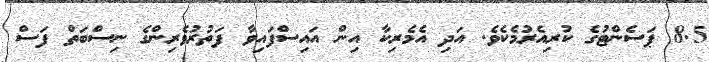
8.5 ޕަސެންޓުގެ ކުރިއެރުމެކެވެ. އަދި އެމެރިކާ އިން އައިސްފައިވާ ފަތުރުވެރިންގެ ނިސްބަތް ފަސް